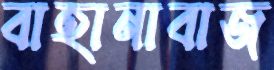
বাহানাবাজ